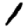
Digit: 1